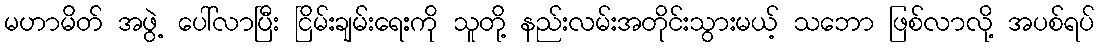
မဟာမိတ် အဖွဲ့ ပေါ်လာပြီး ငြိမ်းချမ်းရေးကို သူတို့ နည်းလမ်းအတိုင်းသွားမယ့် သဘော ဖြစ်လာလို့ အပစ်ရပ်